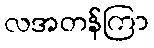
လအတန်ကြာ